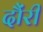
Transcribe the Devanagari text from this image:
दौंरी